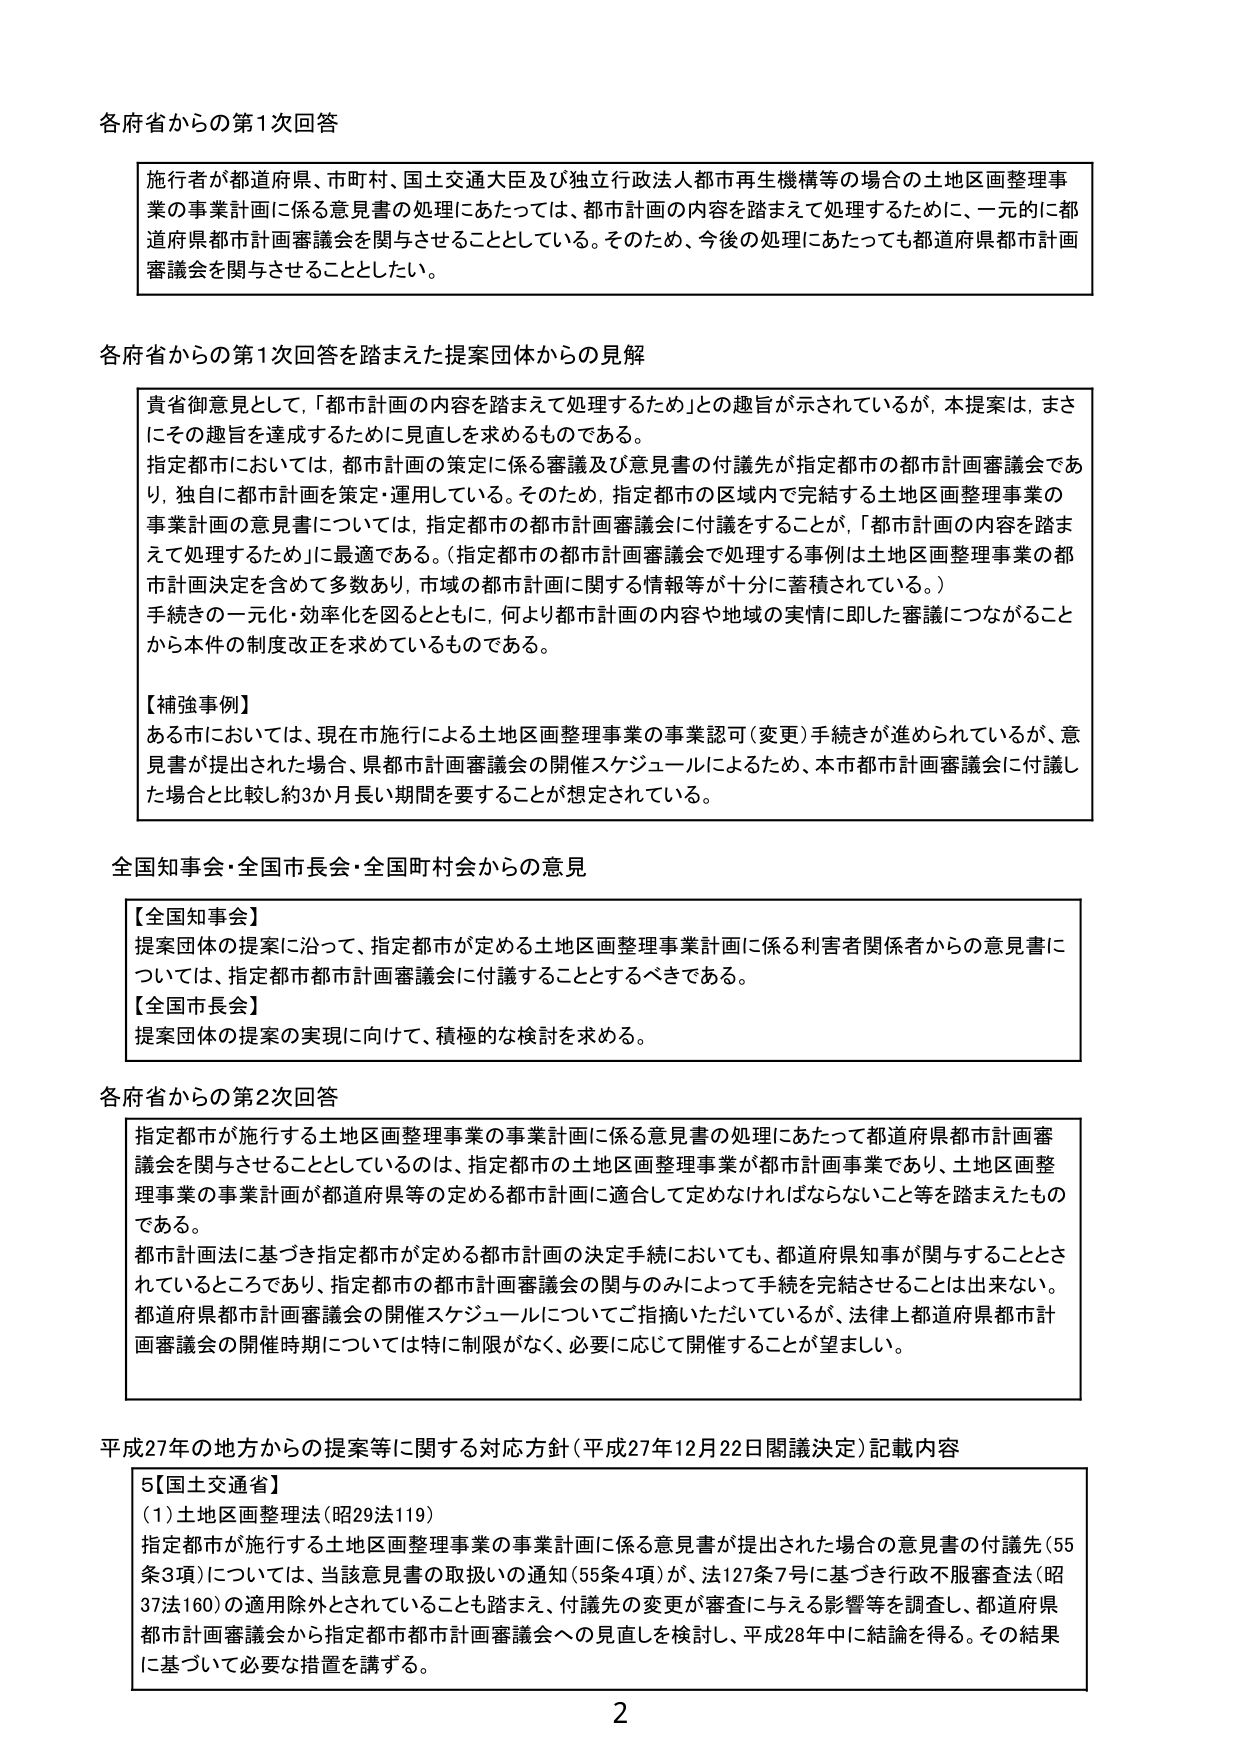
各府省からの第1次回答

施行者が都道府県、市町村、国土交通大臣及び独立行政法人都市再生機構等の場合の土地区画整理事業の事業計画に係る意見書の処理にあたっては、都市計画の内容を踏まえて処理するために、一元的に都道府県都市計画審議会を関与させることとしている。そのため、今後の処理にあたっても都道府県都市計画審議会を関与させることとした。

各府省からの第1次回答を踏まえた提案団体からの見解

貴省御意見として、「都市計画の内容を踏まえて処理するため」との趣旨が示されているが、本提案は、まさにその趣旨を達成するために見直しを求めるものである。
指定都市においては、都市計画の策定に係る審議及び意見書の付議先が指定都市の都市計画審議会であり、独自に都市計画を策定・運用している。そのため、指定都市の区域内で完結する土地区画整理事業の事業計画の意見書については、指定都市の都市計画審議会に付議することが、「都市計画の内容を踏まえて処理するため」に最適である。（指定都市の都市計画審議会で処理する事例は土地区画整理事業の都市計画決定を含めて多数あり、市域の都市計画に関する情報等が十分に蓄積されている。）
手続きの一元化・効率化を図るとともに、何より都市計画の内容や地域の実情に即した審議につながることから本件の制度改正を求めているものである。

【補強事例】
ある市においては、現在市施行による土地区画整理事業の事業認可（変更）手続きが進められているが、意見書が提出された場合、県都市計画審議会の開催スケジュールによるため、本市都市計画審議会に付議した場合と比較し約3か月長い期間を要することが想定されている。

全国知事会・全国市長会・全国町村会からの意見

【全国知事会】
提案団体の提案に沿って、指定都市が定める土地区画整理事業計画に係る利害者関係者からの意見書については、指定都市都市計画審議会に付議することとするべきである。
【全国市長会】
提案団体の提案の実現に向けて、積極的な検討を求める。

各府省からの第2次回答

指定都市が施行する土地区画整理事業の事業計画に係る意見書の処理にあたって都道府県都市計画審議会を関与させることとしているのは、指定都市の土地区画整理事業が都市計画事業であり、土地区画整理事業の事業計画が都道府県等の定める都市計画に適合して定めなければならないこと等を踏まえたものである。
都市計画法に基づき指定都市が定める都市計画の決定手続においても、都道府県知事が関与することとされているところであり、指定都市の都市計画審議会の関与のみによって手続を完結させることは出来ない。
都道府県都市計画審議会の開催スケジュールについてご指摘いただいているが、法律上都道府県都市計画審議会の開催時期については特に制限がなく、必要に応じて開催することが望ましい。

平成27年の地方からの提案等に関する対応方針（平成27年12月22日閣議決定）記載内容

5【国土交通省】
（1）土地区画整理法（昭29法119）
指定都市が施行する土地区画整理事業の事業計画に係る意見書が提出された場合の意見書の付議先（55条3項）については、当該意見書の取扱いの通知（55条4項）が、法127条7号に基づき行政不服審査法（昭37法160）の適用除外とされていることも踏まえ、付議先の変更が審査に与える影響等を調査し、都道府県都市計画審議会から指定都市都市計画審議会への見直しを検討し、平成28年中に結論を得る。その結果に基づいて必要な措置を講ずる。

2